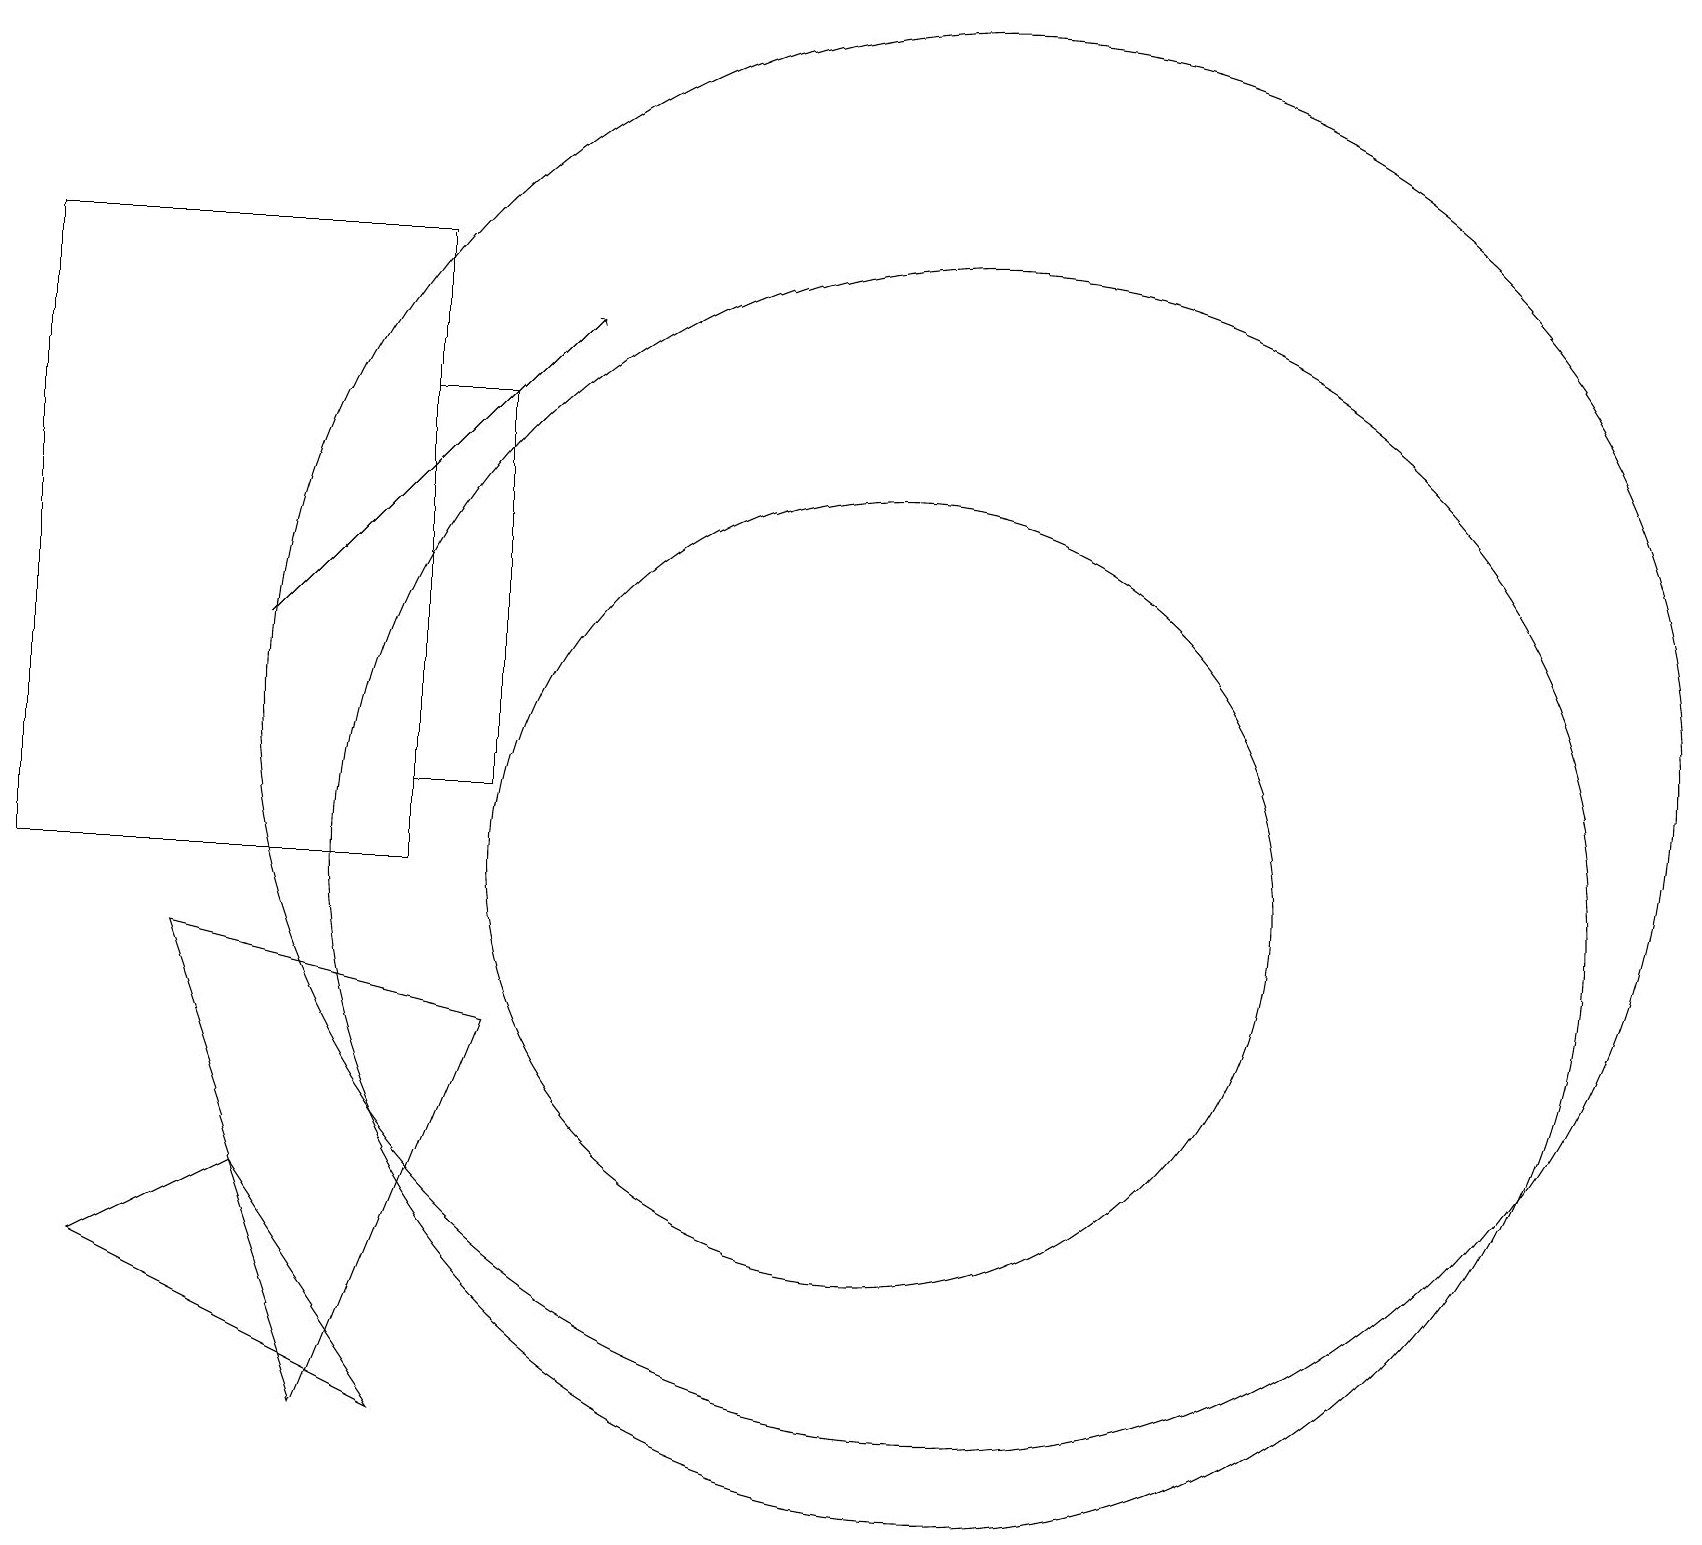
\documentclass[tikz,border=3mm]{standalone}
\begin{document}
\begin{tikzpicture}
\draw (5,16) rectangle (6,11);
\draw (3,6) -- (1,5) -- (5,3) -- cycle;
\draw (12,10) circle (8);
\draw[->] (3,13) -- (7,17);
\draw (12,12) circle (9);
\draw (11,10) circle (5);
\draw (2,9) -- (6,8) -- (4,3) -- cycle;
\draw (0,10) rectangle (5,18);
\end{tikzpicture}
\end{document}